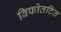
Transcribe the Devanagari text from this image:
विफोतटित